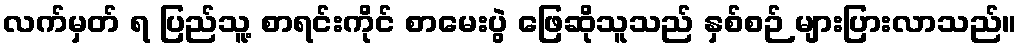
လက်မှတ် ရ ပြည်သူ့ စာရင်းကိုင် စာမေးပွဲ ဖြေဆိုသူသည် နှစ်စဉ် များပြားလာသည်။